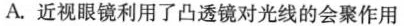
A.近视眼镜利用了凸透镜对光线的会聚作用